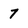
Character: 7